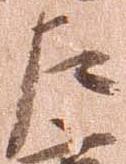
左